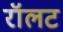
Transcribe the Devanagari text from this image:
रॉलट